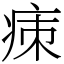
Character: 㾊